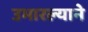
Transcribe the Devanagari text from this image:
उभारल्याने